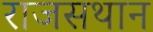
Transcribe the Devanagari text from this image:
राजसथान